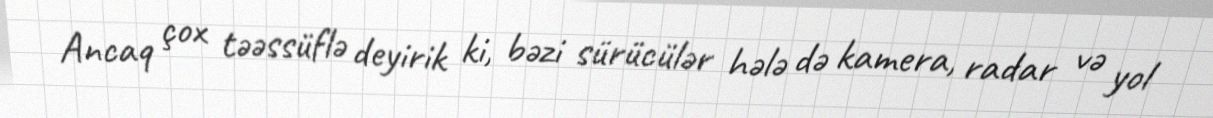
Ancaq çox təəssüflə deyirik ki, bəzi sürücülər hələ də kamera, radar və yol